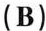
(B)